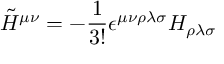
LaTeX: { \tilde { H } } ^ { \mu \nu } = - \frac 1 { 3 ! } \epsilon ^ { \mu \nu \rho \lambda \sigma } H _ { \rho \lambda \sigma }